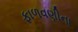
ફાળવણીના